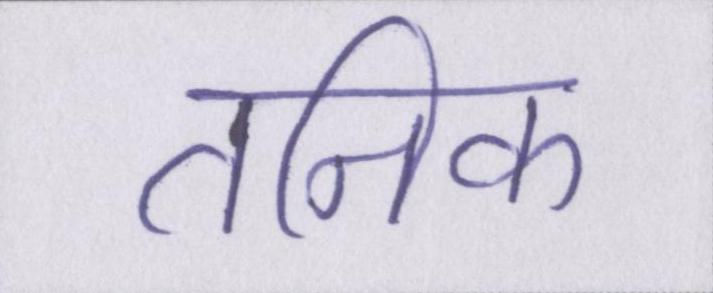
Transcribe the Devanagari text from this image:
तनिक